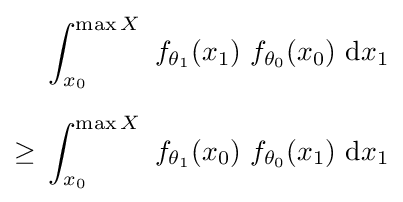
{\begin{aligned}&\int _{x_{0}}^{\max X}\ f_{\theta _{1}}(x_{1})\ f_{\theta _{0}}(x_{0})\ \mathrm {d} x_{1}\\[6pt]\geq {}&\int _{x_{0}}^{\max X}\ f_{\theta _{1}}(x_{0})\ f_{\theta _{0}}(x_{1})\ \mathrm {d} x_{1}\end{aligned}}